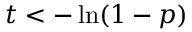
t < - \ln ( 1 - p )